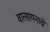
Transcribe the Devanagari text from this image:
वात्सायनाचे